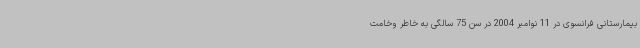
بیمارستانی فرانسوی در 11 نوامبر 2004 در سن 75 سالگی به خاطر وخامت